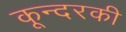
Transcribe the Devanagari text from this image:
कून्दरकी